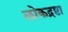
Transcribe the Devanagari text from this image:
लोकद्रष्टा